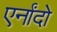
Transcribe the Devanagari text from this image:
एर्नांदो